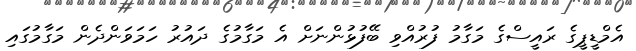
އެމްޑީޕީގެ ރައީސްގެ މަގާމު ފުރުއްވި ބޭފުޅުންނަށް އެ މަގާމުގެ ދައުރު ހަމަވަންދެން މަގާމުގައި